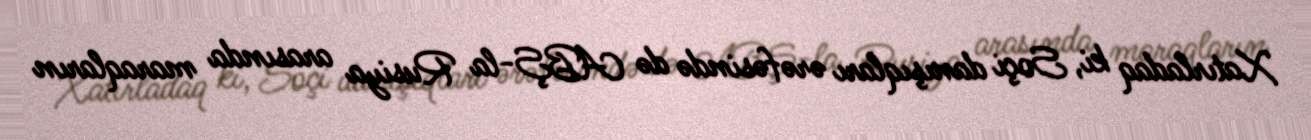
Xatırladaq ki, Soçi danışıqları ərəfəsində də ABŞ-la Rusiya arasında maraqların